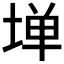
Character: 𫮃